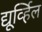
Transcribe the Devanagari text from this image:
द्यूर्व्हिल